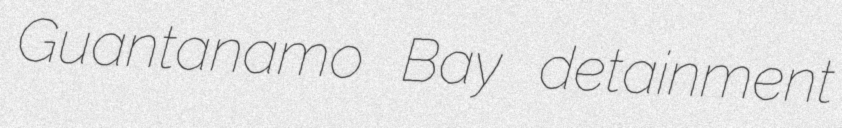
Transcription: Guantanamo Bay detainment